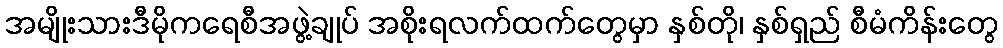
အမျိုးသားဒီမိုကရေစီအဖွဲ့ချုပ် အစိုးရလက်ထက်တွေမှာ နှစ်တို၊ နှစ်ရှည် စီမံကိန်းတွေ